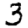
Digit: 3